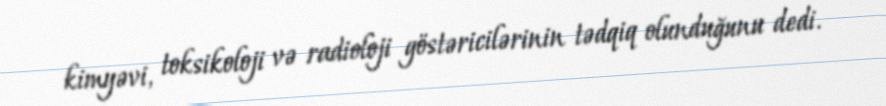
kimyəvi, toksikoloji və radioloji göstəricilərinin tədqiq olunduğunu dedi.